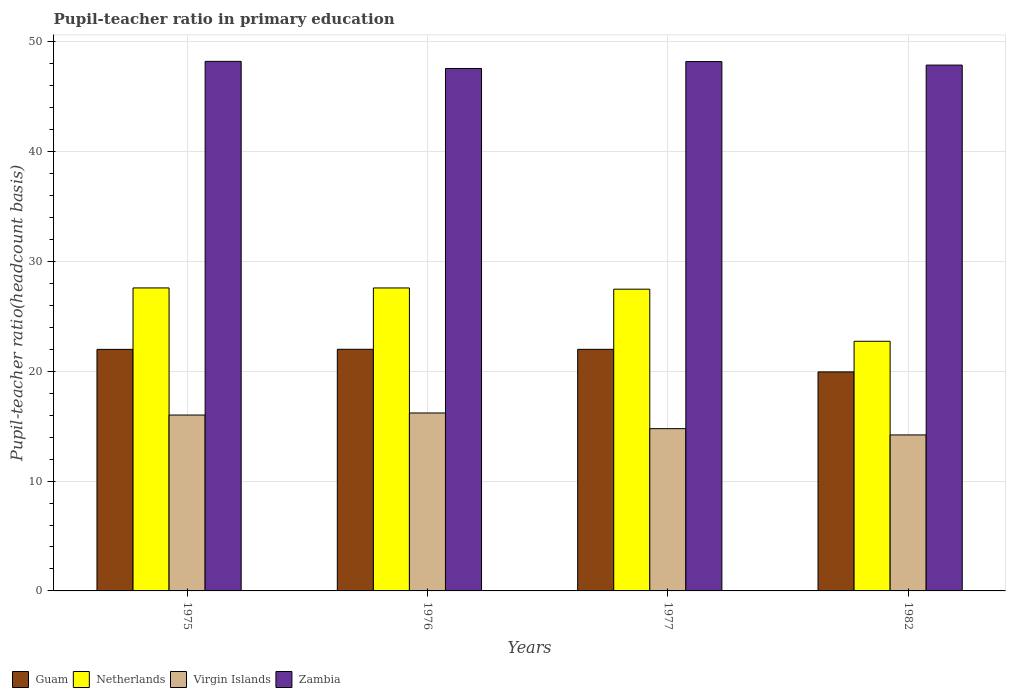
| Years | Guam | Netherlands | Virgin Islands | Zambia |
 | --- | --- | --- | --- | --- |
 | 1975 | 22 | 27.6 | 16 | 48.2 |
 | 1976 | 22 | 27.6 | 16.2 | 47.6 |
 | 1977 | 22 | 27.5 | 14.8 | 48.2 |
 | 1982 | 19.9 | 22.7 | 14.2 | 47.9 |